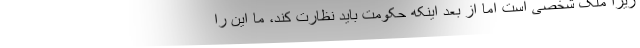
زیرا ملک شخصی است اما از بعد اینکه حکومت باید نظارت کند، ما این را